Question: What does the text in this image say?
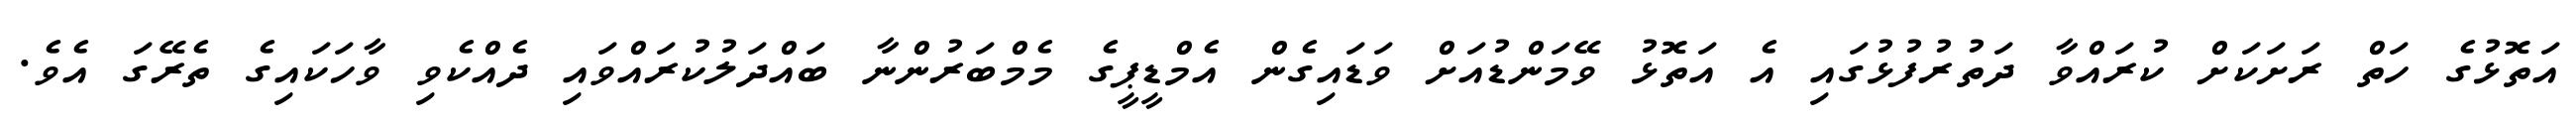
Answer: އަތޮޅުގެ ހަތް ރަށަކަށް ކުރައްވާ ދަތުރުފުޅުގައި އެ އަތޮޅު ވޭމަންޑުއަށް ވަޑައިގެން އެމްޑީޕީގެ މެމްބަރުންނާ ބައްދަލުކުރައްވައި ދެއްކެވި ވާހަކައިގެ ތެރޭގަ އެވެ.